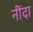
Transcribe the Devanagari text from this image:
नींदा